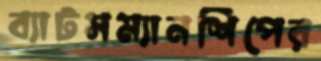
ব্যাটসম্যানশিপের